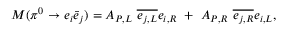
{ \cal M } ( \pi ^ { 0 } \rightarrow e _ { i } \bar { e } _ { j } ) = A _ { P , L } ~ \overline { { { e _ { j , L } } } } e _ { i , R } ~ + ~ A _ { P , R } ~ \overline { { { e _ { j , R } } } } e _ { i , L } ,